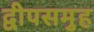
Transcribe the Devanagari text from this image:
द्वीपसमुह